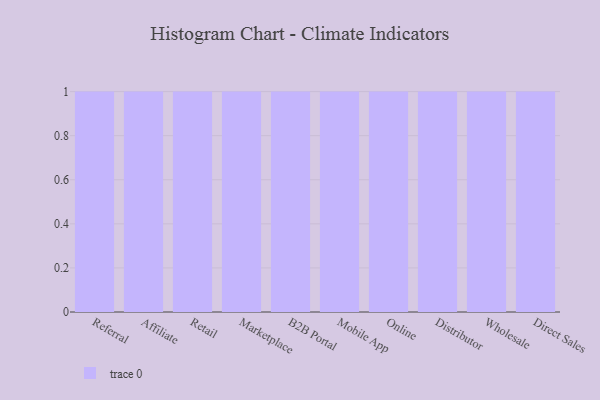
{"axis": {"x": "Channel", "y": "Budget (USD K)"}, "legend": [""], "data": [{"x": "Referral", "y": 16, "type": ""}, {"x": "Affiliate", "y": 52, "type": ""}, {"x": "Retail", "y": 24, "type": ""}, {"x": "Marketplace", "y": 76, "type": ""}, {"x": "B2B Portal", "y": 65, "type": ""}, {"x": "Mobile App", "y": 78, "type": ""}, {"x": "Online", "y": 51, "type": ""}, {"x": "Distributor", "y": 100, "type": ""}, {"x": "Wholesale", "y": 24, "type": ""}, {"x": "Direct Sales", "y": 75, "type": ""}]}